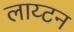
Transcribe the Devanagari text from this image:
लाय्टन